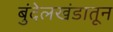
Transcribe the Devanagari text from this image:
बुंदेलखंडातून